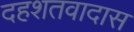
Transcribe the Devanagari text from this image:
दहशतवादास